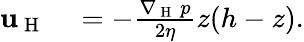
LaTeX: \begin{array}{rl}{\mathbf{u}_{\mathrm{~H~}}}&{{}=-\frac{\nabla_{\mathrm{~H~}}\, p}{2\eta}z(h-z).}\end{array}